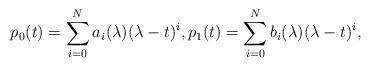
LaTeX: \begin{align*}p_0(t)=\sum_{i=0}^N a_i(\lambda)(\lambda-t)^i,p_1(t)=\sum_{i=0}^N b_i(\lambda)(\lambda-t)^i, \end{align*}